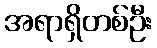
အရာရှိတစ်ဦး